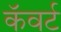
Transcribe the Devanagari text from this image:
कॅवर्ट